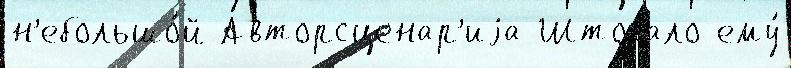
н'ебольшо́й Авторсценар'иjа Штокало ему́